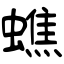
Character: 蟭